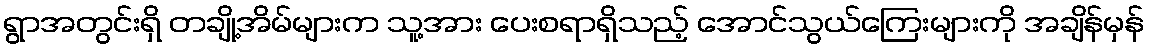
ရွာအတွင်းရှိ တချို့အိမ်များက သူ့အား ပေးစရာရှိသည့် အောင်သွယ်ကြေးများကို အချိန်မှန်